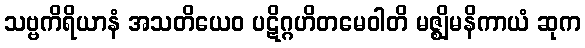
သဗ္ဗကိရိယာနံ အသတိယေဝ ပဋိဂ္ဂဟိတမေဝါတိ မဇ္ဈိမနိကာယံ ဆုက